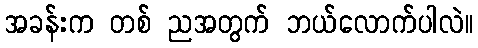
အခန်းက တစ် ညအတွက် ဘယ်လောက်ပါလဲ။